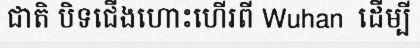
ជាតិ បិទជើងហោះហើរពី Wuhan  ដើម្បី